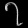
Digit: ၇